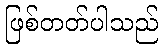
ဖြစ်တတ်ပါသည်